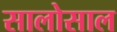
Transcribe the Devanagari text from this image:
सालोसाल